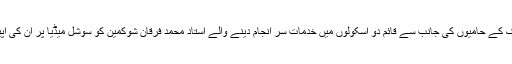
ایک حالیہ واقعہ میں برما میں گولن تحریک کے حامیوں کی جانب سے قائم دو اسکولوں میں خدمات سر انجام دینے والے استاد محمد فرقان شوکمین کو سوشل میڈیا پر ان کی اپیلوں کے باوجود ترکی واپس بھجوا دیا گیا۔